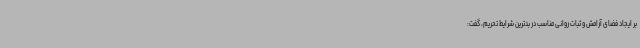
بر ایجاد فضای آرامش و ثبات روانی مناسب در بدترین شرایط تحریم، گفت: